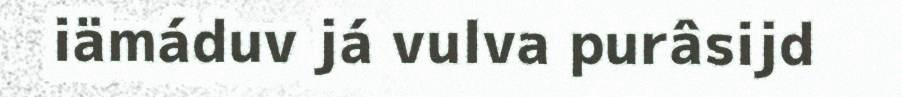
iämáduv já vulva purâsijd